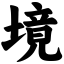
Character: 境